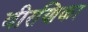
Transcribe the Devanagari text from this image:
वीरणिका